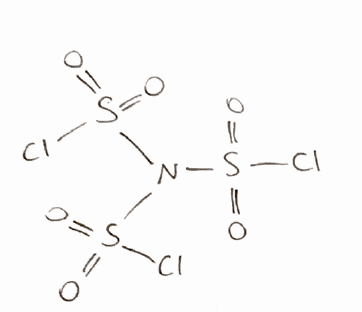
Simplified molecular-input line-entry system (SMILES) notation of the given molecule:
N(S(=O)(=O)Cl)(S(=O)(=O)Cl)S(=O)(=O)Cl